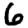
Digit: 6